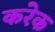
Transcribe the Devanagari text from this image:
करेक